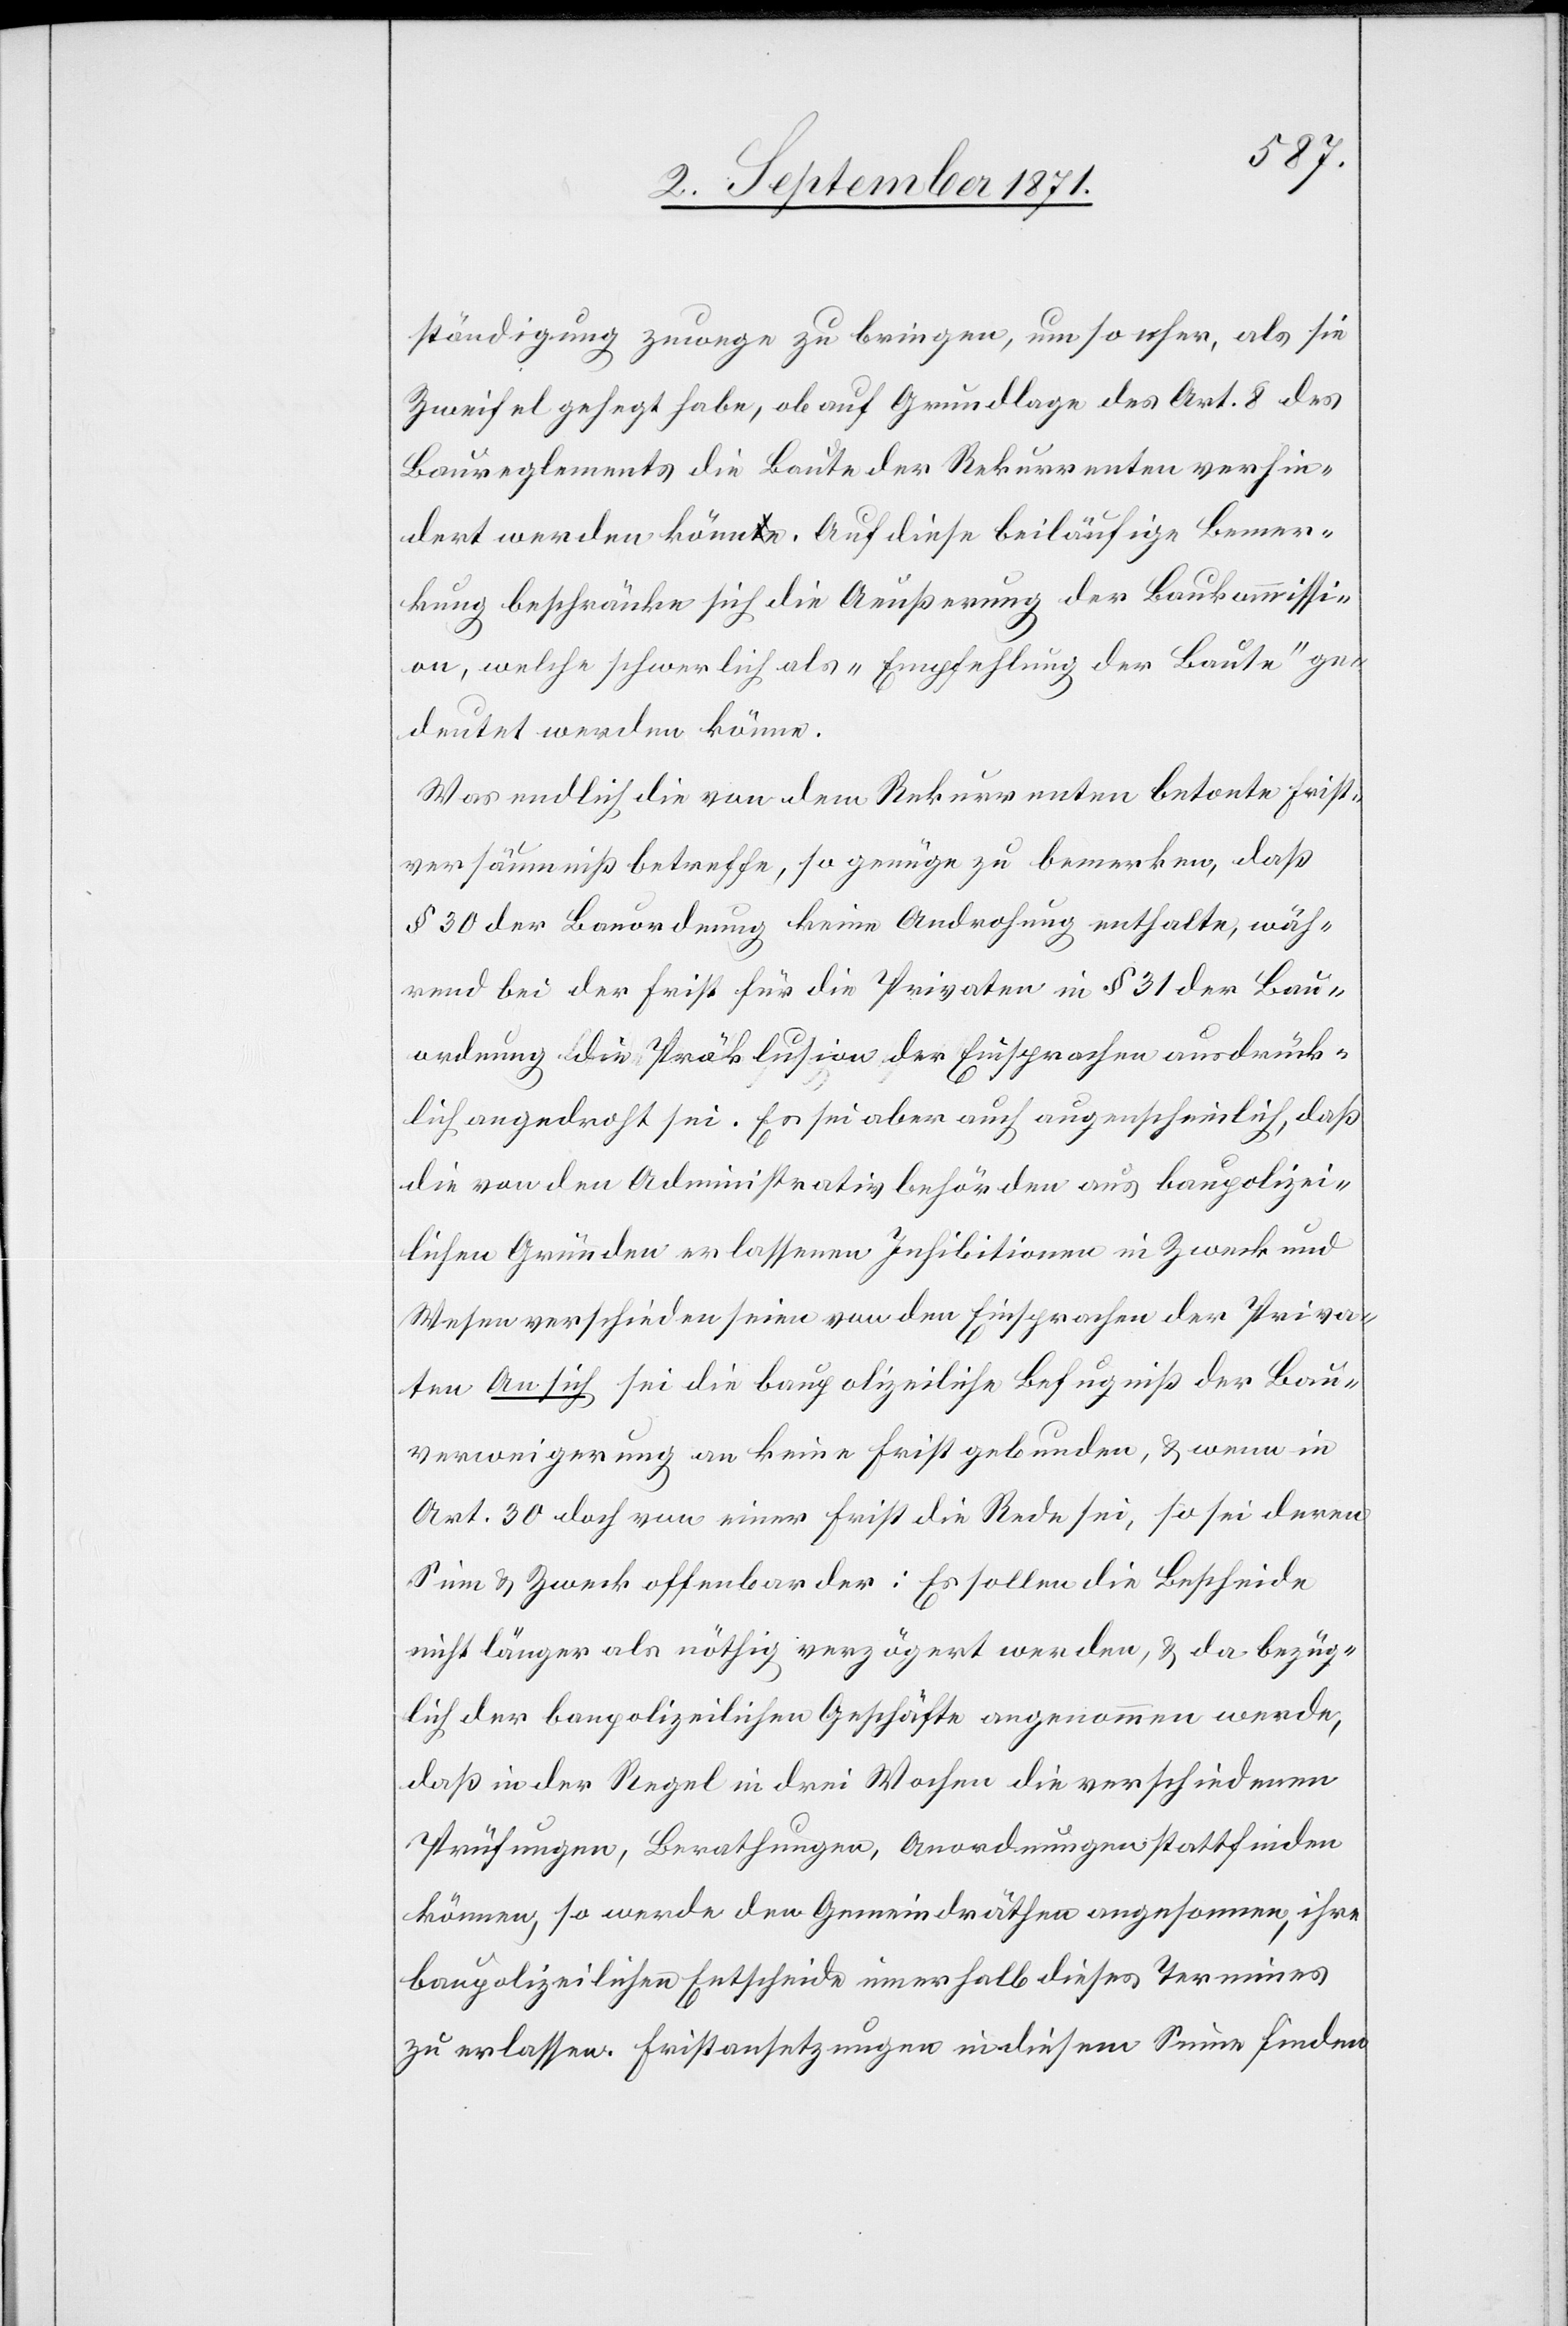
ständigung zuwege zu bringen, um so eher, als sie
Zweifel gehegt habe, ob auf Grundlage des Art. 8 des
Baureglements die Baute der Rekurrenten verhin¬
dert werden könne. Auf diese beiläufige Bemer¬
kung beschränke sich die Aeußerung der Baukommissi¬
on, welche schwerlich als „Empfehlung der Baute“ ge¬
deutet werden könne.
Was endlich die von dem Rekurrenten betonte Frist¬
versäumniß betreffe, so genüge zu bemerken, daß
§ 30 der Bauordnung keine Androhung enthalte, wäh¬
rend bei der Frist für die Privaten in § 31 der Bau¬
ordnung die Präklusion der Einsprache ausdrück¬
lich angedroht sei. Es sei aber auch augenscheinlich, daß
die von den Administrativbehörden aus baupolizei¬
lichen Gründen erlassenen Inhibitionen in Zweck und
Wesen verschieden seien von den Einsprachen der Priva¬
ten[.] An sich sei die baupolizeiliche Befugniß der Bau¬
verweigerung an keine Frist gebunden, & wenn in
Art. 30 doch von einer Frist die Rede sei, so sei deren
Sinn & Zweck offenbar der: Es sollen die Bescheide
nicht länger als nöthig verzögert werden, & da bezüg¬
lich der baupolizeilichen Geschäfte angenommen werde,
daß in der Regel in drei Wochen die verschiedenen
Prüfungen, Berathungen, Anordnungen stattfinden
können, so werde den Gemeindräthen angenommen, ihre
baupolizeilichen Entscheide innerhalb dieses Termins
zu erlassen. Fristanzsetzungen (Fristansetzungen?) in diesem Sinne finden